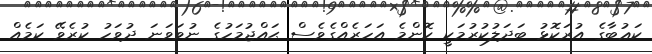
ކަޢުބާގެ އުރަކޮޅު ބަދަލުކުރުމަކީ ކޮންމެ އަހަރެއްގެވެސް ޙައްޖުމަހުގެ ނުވަވަނަ ދުވަހު ކުރެވޭ ކަމެއް